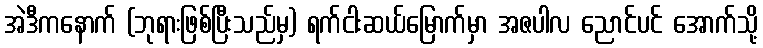
အဲဒီကနောက် (ဘုရားဖြစ်ပြီးသည်မှ) ရက်ငါးဆယ်မြောက်မှာ အဇပါလ ညောင်ပင် အောက်သို့